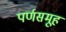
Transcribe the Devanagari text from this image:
पर्णसमूह